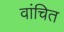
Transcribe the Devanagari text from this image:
वांचित